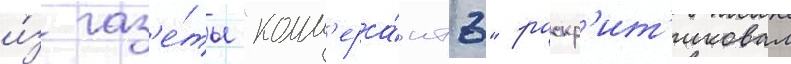
и́з газ'е́ты "комм'ерса́нтъ" раскр'ит'иковал